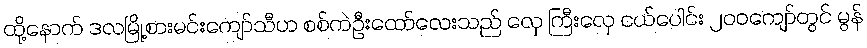
ထို့နောက် ဒလမြို့စားမင်းကျော်သီဟ စစ်ကဲဦးထော်လေးသည် လှေ ကြီးလှေ ငယ်ပေါင်း ၂၀၀ကျော်တွင် မွန်